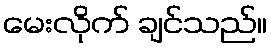
မေးလိုက် ချင်သည်။